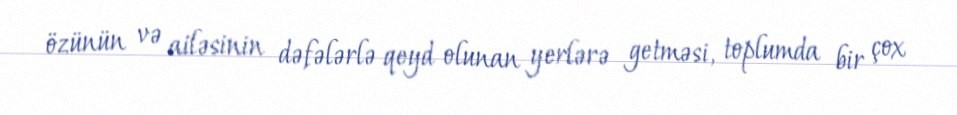
özünün və ailəsinin dəfələrlə qeyd olunan yerlərə getməsi, toplumda bir çox